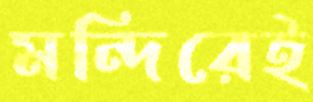
মন্দিরেই